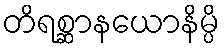
တိရစ္ဆာနယောနိမ္ပိ